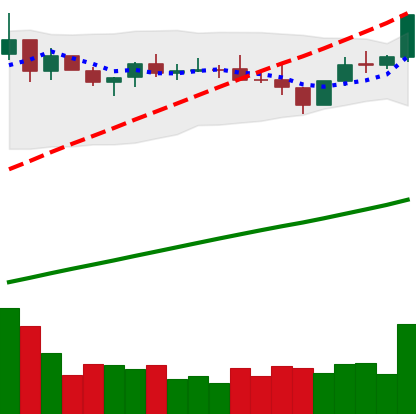
Ticker: BNB-USD
Chart end date: 2021-03-30
Forward return: 12.908%
Label: up_7plus